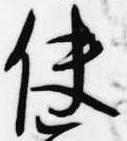
使